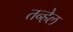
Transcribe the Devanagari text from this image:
तन्हेल